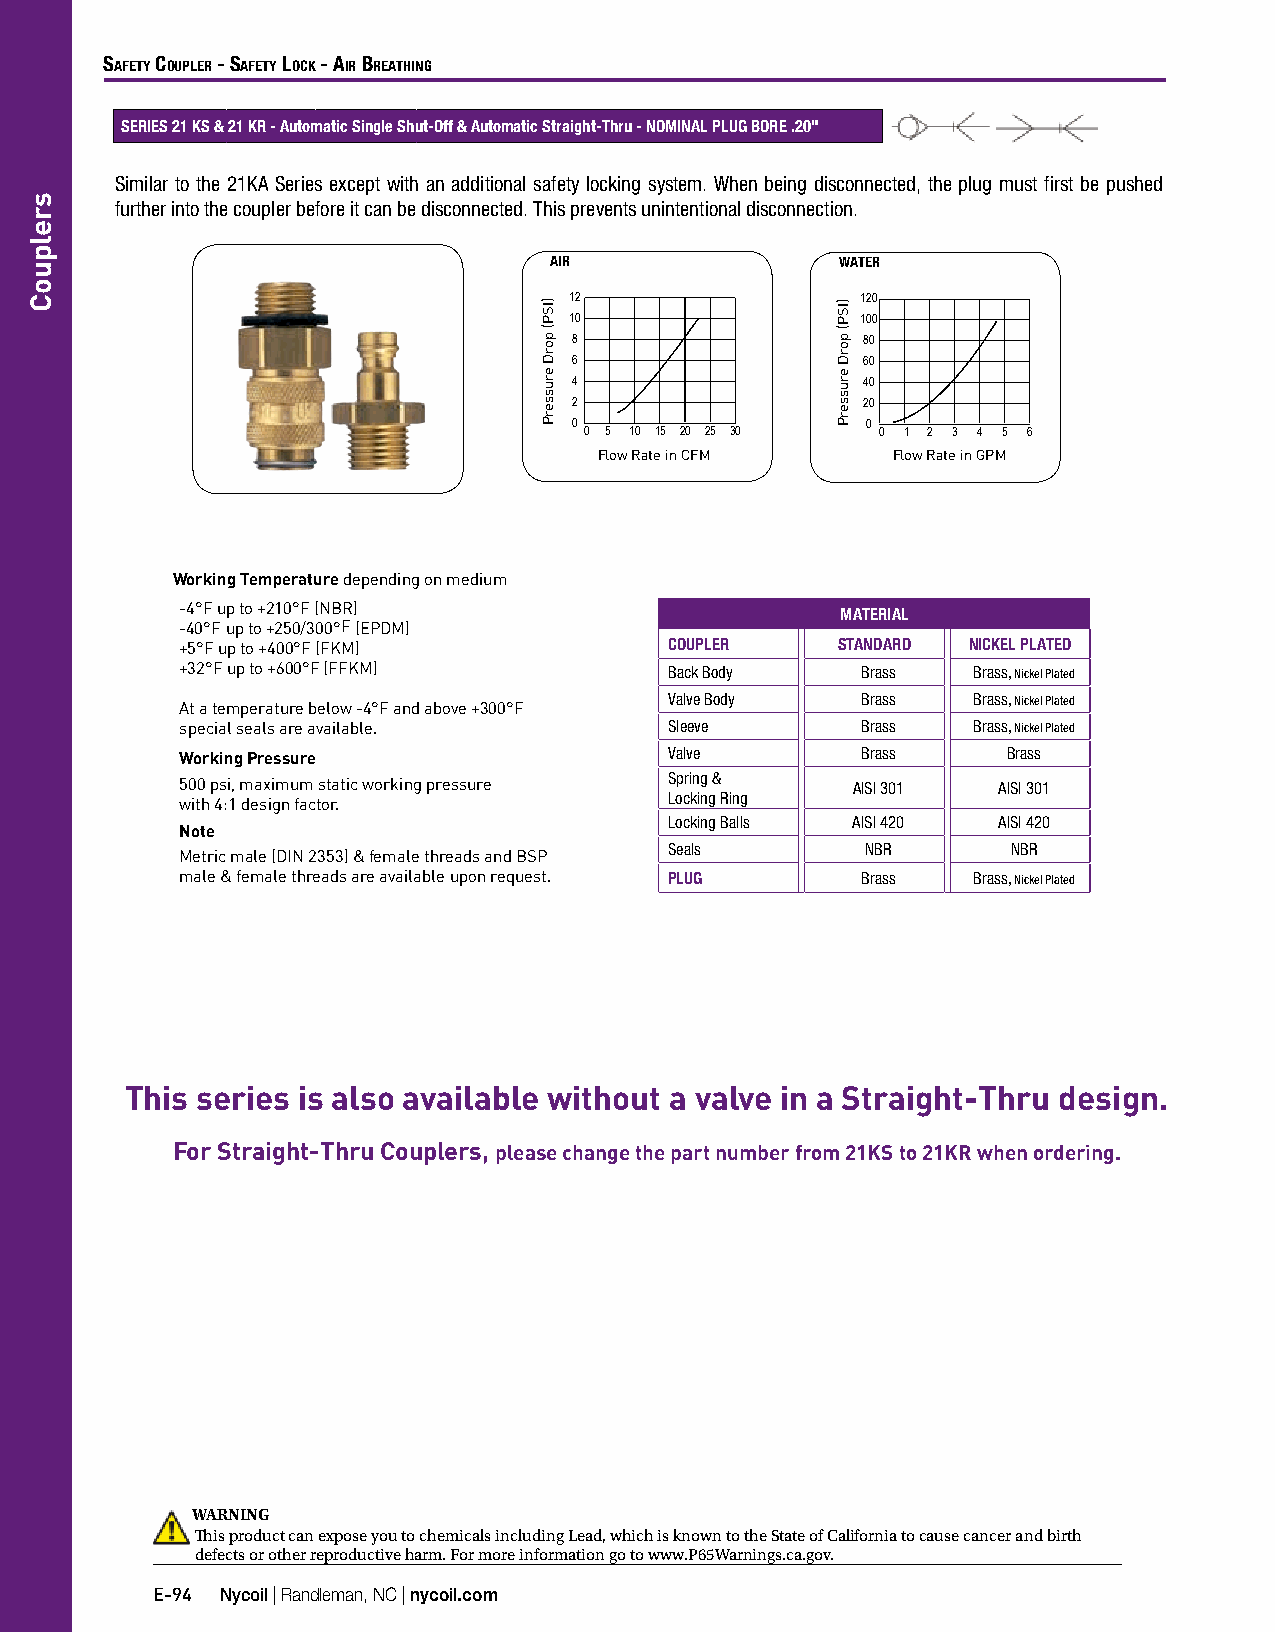
Safety Coupler - Safety loCk - air Breathing
 SERIES 21 KS & 21 KR - Automatic Single Shut-Off & Automatic Straight-Thru - NOMINAL PLUG BORE .20"
 Similar to the 21KA Series except with an additional safety locking system. When being disconnected, the plug must first be pushed
 further into the coupler before it can be disconnected. This prevents unintentional disconnection.
 AIR                 WATER
 12                 120
 10                 100
 8                  80
 6                  60
 4                  40
 2                  20
 0                  0
 0 5 10 15 20 25 30 0 1 2 3 4 5 6
 Flow Rate in CFM   Flow Rate in GPM
 Working Temperature depending on medium
 -4°F up to +210°F (NBR)                     MATERIAL
 -40°F up to +250/300°F (EPDM)
 +5°F up to +400°F (FKM)         COUPLER    STANDARD NICKEL PLATED
 +32°F up to +600°F (FFKM)       Back Body    Brass  Brass, Nickel Plated
 At a temperature below -4°F and above +300°F Valve Body Brass Brass, Nickel Plated
 special seals are available.    Sleeve       Brass  Brass, Nickel Plated
 Working Pressure                Valve        Brass     Brass
 Spring &
 500 psi, maximum static working pressure    AISI 301  AISI 301
 Locking Ring
 with 4:1 design factor.
 Locking Balls AISI 420 AISI 420
 Note
 Seals        NBR       NBR
 Metric male (DIN 2353) & female threads and BSP
 male & female threads are available upon request. PLUG Brass Brass, Nickel Plated
 This series is also available without a valve in a Straight-Thru design.
 For Straight-Thru Couplers, please change the part number from 21KS to 21KR when ordering.
 WARNING
 This product can expose you to chemicals including Lead, which is known to the State of California to cause cancer and birth
 defects or other reproductive harm. For more information go to www.P65Warnings.ca.gov.
 E-94 Nycoil | Randleman, NC | nycoil.com
 srelpuoC
 )ISP(
 porD
 erusserP
 )ISP(
 porD
 erusserP